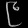
Digit: ၉